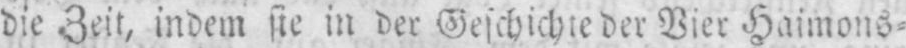
die Zeit, indem sie in der Geschichte der Vier Haimons⸗